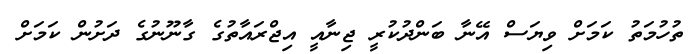
ތުހުމަތު ކަމަށް ވިޔަސް އޭނާ ބަންދުކުރީ ޖިނާއީ އިޖްރައާތުގެ ގާނޫނުގެ ދަށުން ކަމަށް